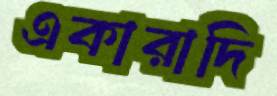
একারাদি